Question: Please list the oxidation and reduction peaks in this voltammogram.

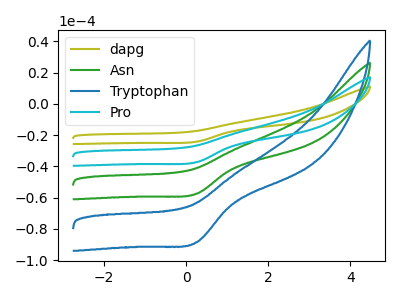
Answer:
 <answer>The olive curve "dapg" has a cathodic peak at: (0.25V, -172.35uA). The green curve "Asn" has a cathodic peak at: (0.25V, -57.45uA). The blue curve "Tryptophan" has a cathodic peak at: (0.25V, -88.50uA). The cyan curve "Pro" has a cathodic peak at: (0.25V, -114.90uA).</answer>
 <eval></eval>